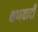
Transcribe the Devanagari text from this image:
क्षणवादी